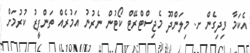
އެކަމާ ވިދިގެން ށ. މިލަންދޫ މެޖިސްޓްރޭޓް ކޯޓުން ނެރުނު އަމުރެއް ތަންފީޒު ކުރުމަށް